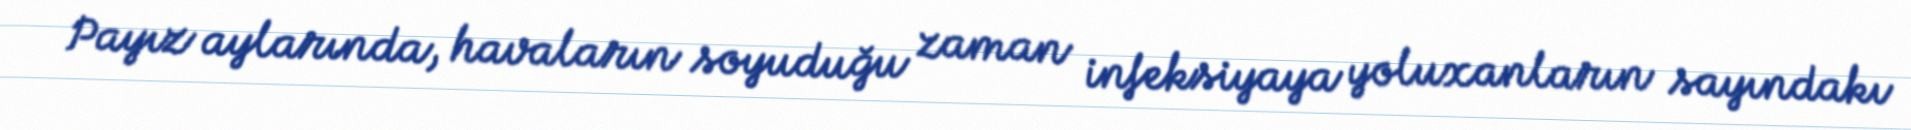
Payız aylarında, havaların soyuduğu zaman infeksiyaya yoluxanların sayındakı